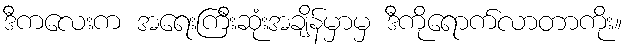
ဒီကလေးက အရေးကြီးဆုံးအချိန်မှာမှ ဒီကိုရောက်လာတာကိုး။